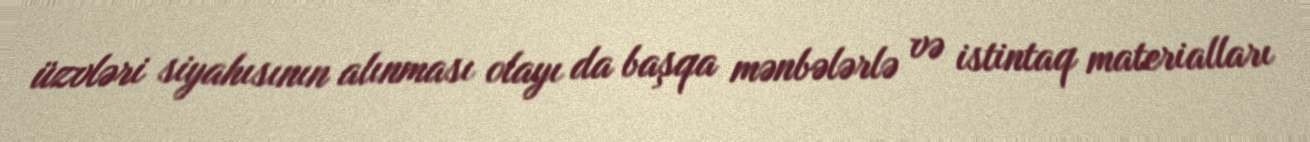
üzvləri siyahısının alınması olayı da başqa mənbələrlə və istintaq materialları